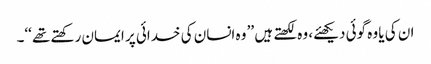
ان کی یا وہ گوئی دیکھئے، وہ لکھتے ہیں ’’ وہ انسان کی خدائی پر ایمان رکھتے تھے ‘‘۔